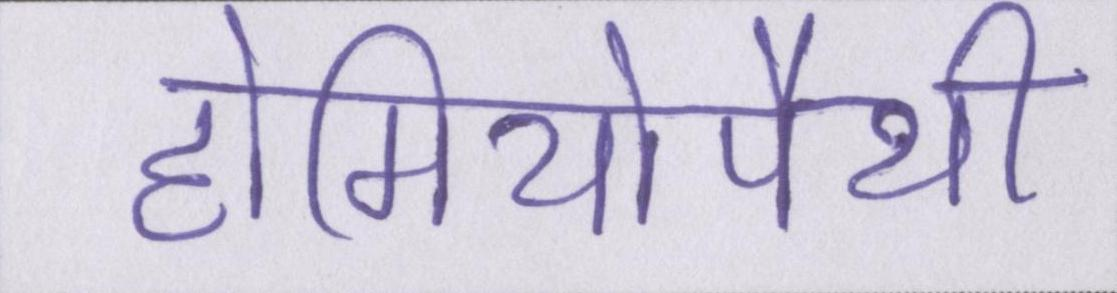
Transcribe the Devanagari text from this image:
होमियोपैथी